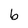
Character: b